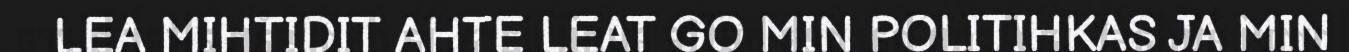
LEA MIHTIDIT AHTE LEAT GO MIN POLITIHKAS JA MIN